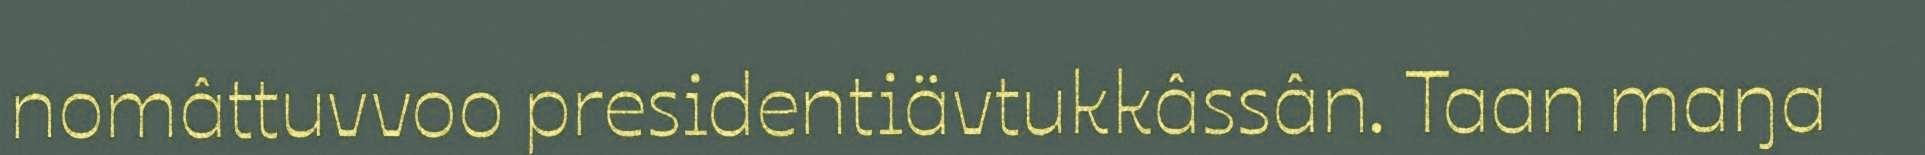
nomâttuvvoo presidentiävtukkâssân. Taan maŋa